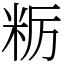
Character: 粝